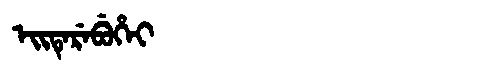
Manchu: ᡝᡳᡨᡝᡵᡝᠪᡠᡥᡝᡳ
Romanization: EITEREBUHEI